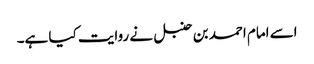
اسے امام احمد بن حنبل نے روایت کیا ہے۔